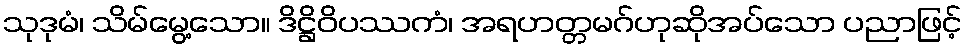
သုဒုမံ၊ သိမ်မွေ့သော။ ဒိဋ္ဌိဝိပဿကံ၊ အရဟတ္တမဂ်ဟုဆိုအပ်သော ပညာဖြင့်